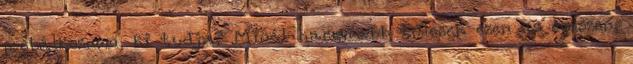
próbálkoznom, ki tudja? Minél hamarabb túlesek ezen az egészen,